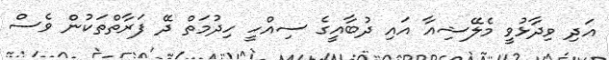
އަދި ވިދާޅުވީ މެލޭޝިއާ އައި ދުބާއީގެ ސިއްހީ ހިދުމަތް ދޭ ފަރާތްތަކުން ވެސް